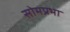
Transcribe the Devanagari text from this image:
सोमप्रभा